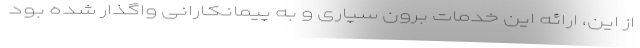
از این، ارائه این خدمات برون سپاری و به پیمانکارانی واگذار شده بود